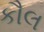
કૌલ